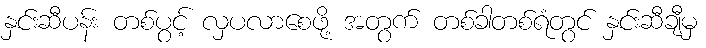
နှင်းဆီပန်း တစ်ပွင့် လှပလာစေဖို့ အတွက် တစ်ခါတစ်ရံတွင် နှင်းဆီချီမှ